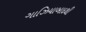
ગાઝિયાબાદથી